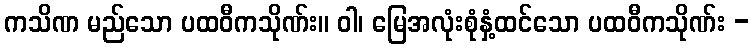
ကသိဏ မည်သော ပထဝီကသိုဏ်း။ ဝါ၊ မြေအလုံးစုံနှံ့ထင်သော ပထဝီကသိုဏ်း -